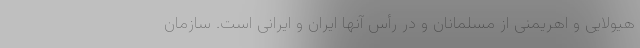
هیولایی و اهریمنی از مسلمانان و در رأس آنها ایران و ایرانی است. سازمان